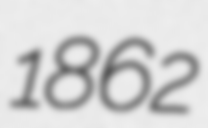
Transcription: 1862